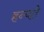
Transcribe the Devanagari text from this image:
हन्यते